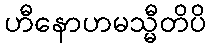
ဟီနောဟမသ္မီတိပိ